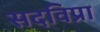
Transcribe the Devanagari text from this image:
सदविप्रा